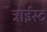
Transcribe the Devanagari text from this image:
ट्राईस्ट